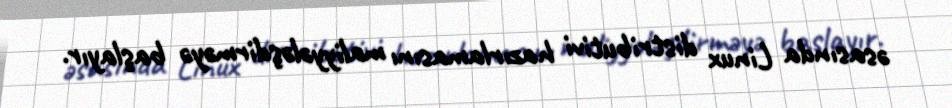
əsasında Linux distributivi hazırlamasını maliyyələşdirməyə başlayır.